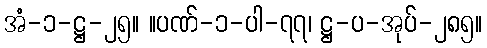
အံ-၁-ဋ္ဌ-၂၅။ ။ပဏ်-၁-ပါ-၇၇၊ ဋ္ဌ-ပ-အုပ်-၂၈၅။